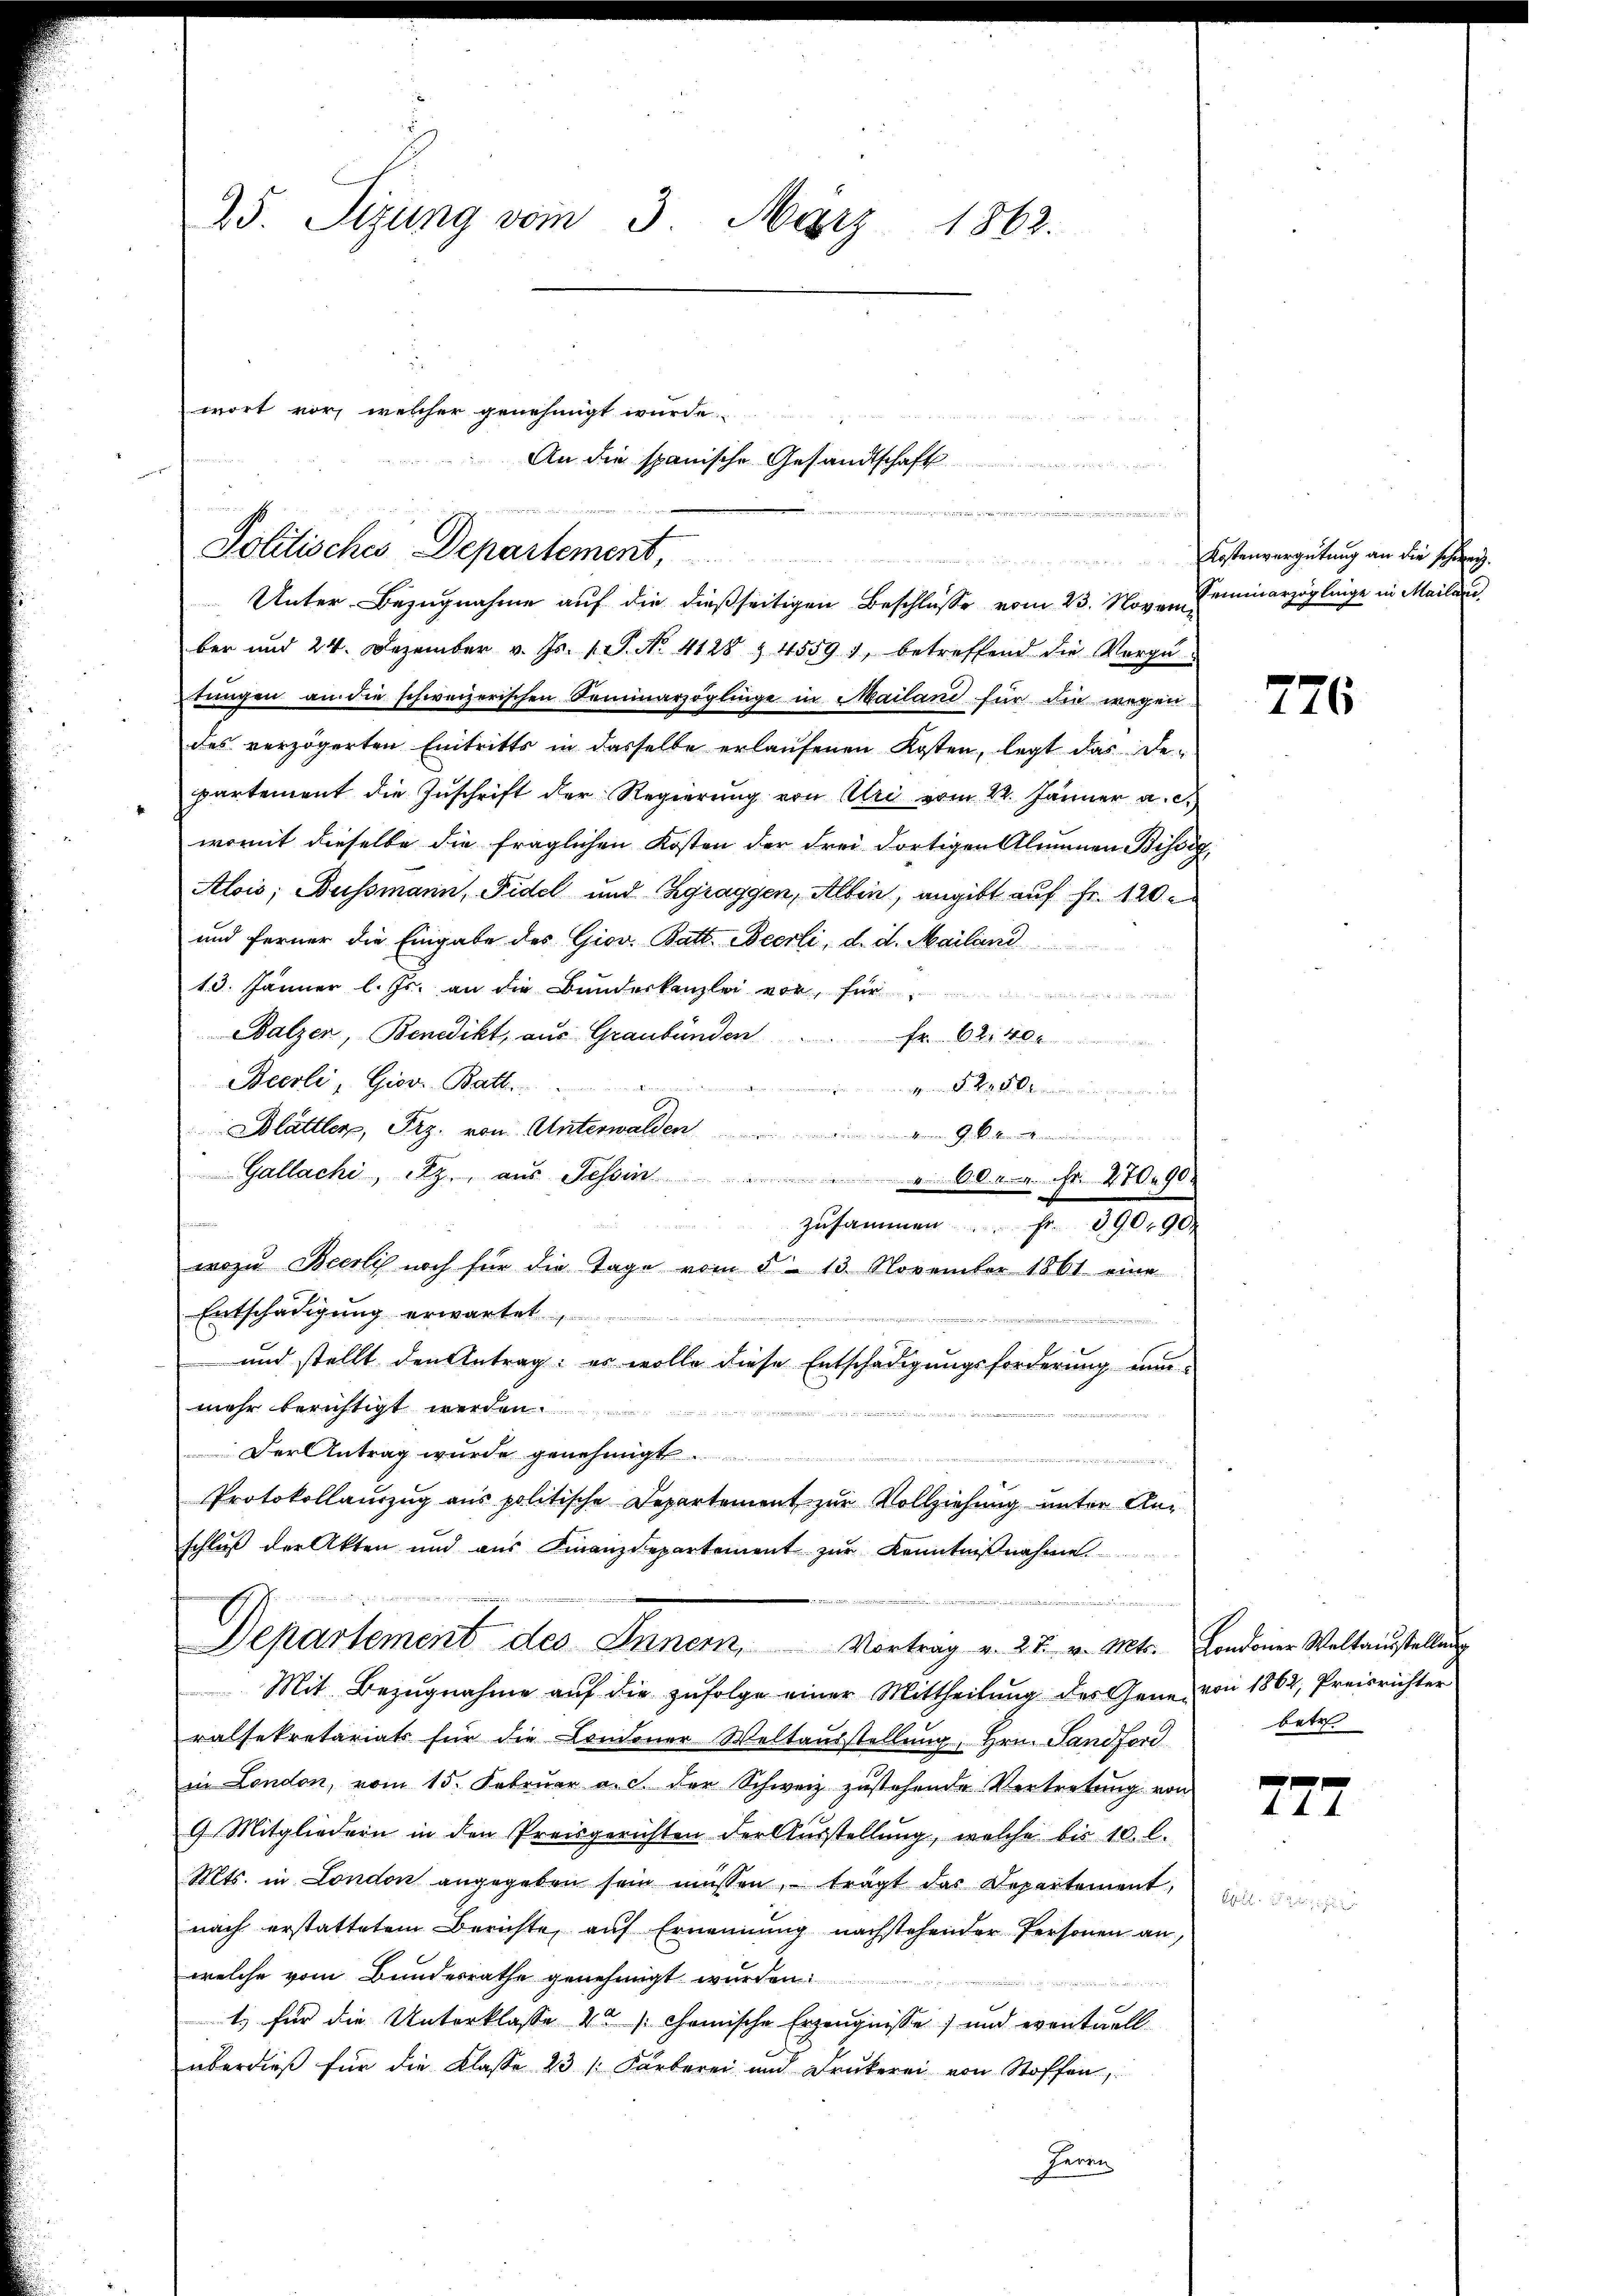
25. Sizung vom 3.
März 1862.

wort vor, welcher genehmigt wurde.
An die spanische Gesandtschaft
n
Politisches Departement,
Unter Bezugnahme auf die dießseitigen Beschlusse vom 23. Noven eminarzöglinge in Mailare

ber und 24. Dezember v. Js. 1 S. No. 4128 § 4559 1, betreffend die Vergürtungen an die schweizerischen Seminarzoglinge in Mailand für die wegen
des verzögerten Eintritts in dasselbe erlaufenen Kosten, legt das Repartement die Zuschrift der Regierŭng von Uri vom 22. Jänner a. c.
womit dieselbe die fraglichen Kosten der drei dortigen Alumnen Bisses
Alois, Bussmann, Fidel und Zgraggen, Albin, angibt auf Fr. 120.
und ferner die Eingabe des Giov. Batt. Beerli, d. d. Mailand
13. Jänner l. Js. an die Bundeskanzlei vor, für
Balzer, Benedikt, aus Graubünden . . fr. 62. 40.
Becrli, Giov. Batt.
 . . . . .
Blättler, Prz. von Unterwalden
Gallachi, Bz. aus Tessin " " 602. 4. Fr. 470. 90

zusammen. Fr. 390,900
wozu Beerlis noch für die Tage vom 5. 13. November 1861 eine
Entschädigung erwartet,

und stellt den Antrag: es wolle diese Entschädigungsforderung nun
mehr berichtigt werden.

d
i
Der Antrag wurde genehmigt
n
Protokollauszug aus politische Departement zur Vollziehung unter Anschluß der Akten und aŭs Finanzdepartement zŭr Kenntniβnahme.
.
Departement des Inner Vortrag v. 27. v. Mts. Landener Weltaustellung
Mit Bezugnahme auf die zufolge einer Mittheilung des Ganz von 1862, Preisrichter
ralsekretariats für die Londoner Weltausstellung, Hrn. Sandford
in London, vom 15. Febrŭar a. c. der Schweiz zustehende Vertretŭng von
9 Mitgliedern in den Preisgerichten der Aŭsstellŭng, welche bis 10. l.
Mts. in London angegeben sein müssen, trägt das Departement,
nach erstattetem Berichte, auf Ernennung nachstehender Personen an,
welche vom Bundesrathe genehmigt wurden.
t) für die Unterklasse 42 / Chemische Erzeugnisse) und eventuell
überdieß für die Klasse 23 /: Färberei und Drukerei von Stoffen,
Herrn

Kostenvergütung an die schön.

776

betr

t

727